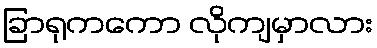
ခြာရုကကော လိုကျမှာလား